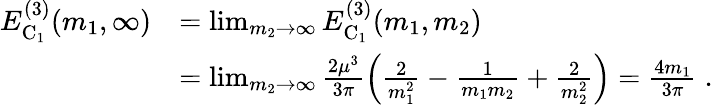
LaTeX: \begin{array}{rl}{E_{\mathrm{C}_{1}}^{(3)}(m_{1},\infty)}&{=\operatorname*{lim}_{m_{2}\rightarrow\infty}E_{\mathrm{C}_{1}}^{(3)}(m_{1},m_{2})}\\ &{=\operatorname*{lim}_{m_{2}\rightarrow\infty}\frac{2\mu^{3}}{3\pi}\left(\frac{2}{m_{1}^{2}}-\frac{1}{m_{1}m_{2}}+\frac{2}{m_{2}^{2}}\right)=\frac{4m_{1}}{3\pi}\; .}\end{array}